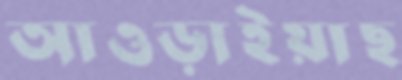
আওড়াইয়াছ